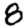
Digit: 8